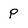
Character: P